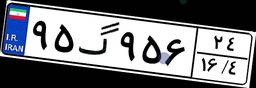
۶۹گ۳۰۰۲۸